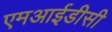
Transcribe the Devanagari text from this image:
एमआईडीसी